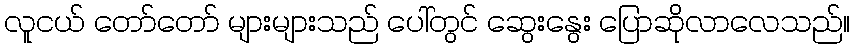
လူငယ် တော်တော် များများသည် ပေါ်တွင် ဆွေးနွေး ပြောဆိုလာလေသည်။